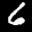
Label: 6